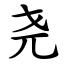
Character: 尧